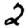
Digit: 2